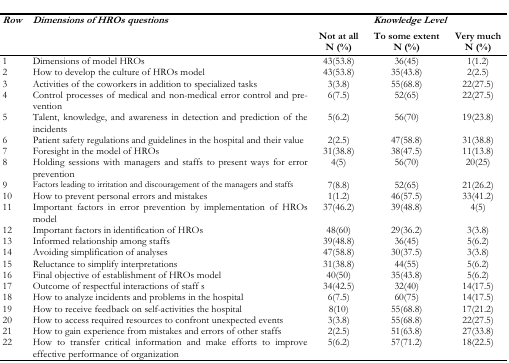
<table><thead><tr><td rowspan="2"><b><i>Row</i></b></td><td rowspan="2"><b><i>Dimensions of HROs questions</i></b></td><td colspan="3"><b><i>Knowledge Level</i></b></td></tr><tr><td><b>Not at all N (%)</b></td><td><b>To some extent N (%)</b></td><td><b>Very much N (%)</b></td></tr></thead><tbody><tr><td>1</td><td>Dimensions of model HROs</td><td>43(53.8)</td><td>36(45)</td><td>1(1.2)</td></tr><tr><td>2</td><td>How to develop the culture of HROs model</td><td>43(53.8)</td><td>35(43.8)</td><td>2(2.5)</td></tr><tr><td>3</td><td>Activities of the coworkers in addition to specialized tasks</td><td>3(3.8)</td><td>55(68.8)</td><td>22(27.5)</td></tr><tr><td>4</td><td>Control processes of medical and non-medical error control and prevention</td><td>6(7.5)</td><td>52(65)</td><td>22(27.5)</td></tr><tr><td>5</td><td>Talent, knowledge, and awareness in detection and prediction of the incidents</td><td>5(6.2)</td><td>56(70)</td><td>19(23.8)</td></tr><tr><td>6</td><td>Patient safety regulations and guidelines in the hospital and their value</td><td>2(2.5)</td><td>47(58.8)</td><td>31(38.8)</td></tr><tr><td>7</td><td>Foresight in the model of HROs</td><td>31(38.8)</td><td>38(47.5)</td><td>11(13.8)</td></tr><tr><td>8</td><td>Holding sessions with managers and staffs to present ways for error prevention</td><td>4(5)</td><td>56(70)</td><td>20(25)</td></tr><tr><td>9</td><td>Factors leading to irritation and discouragement of the managers and staffs</td><td>7(8.8)</td><td>52(65)</td><td>21(26.2)</td></tr><tr><td>10</td><td>How to prevent personal errors and mistakes</td><td>1(1.2)</td><td>46(57.5)</td><td>33(41.2)</td></tr><tr><td>11</td><td>Important factors in error prevention by implementation of HROs model</td><td>37(46.2)</td><td>39(48.8)</td><td>4(5)</td></tr><tr><td>12</td><td>Important factors in identification of HROs</td><td>48(60)</td><td>29(36.2)</td><td>3(3.8)</td></tr><tr><td>13</td><td>Informed relationship among staffs</td><td>39(48.8)</td><td>36(45)</td><td>5(6.2)</td></tr><tr><td>14</td><td>Avoiding simplification of analyses</td><td>47(58.8)</td><td>30(37.5)</td><td>3(3.8)</td></tr><tr><td>15</td><td>Reluctance to simplify interpretations</td><td>31(38.8)</td><td>44(55)</td><td>5(6.2)</td></tr><tr><td>16</td><td>Final objective of establishment of HROs model</td><td>40(50)</td><td>35(43.8)</td><td>5(6.2)</td></tr><tr><td>17</td><td>Outcome of respectful interactions of staff s</td><td>34(42.5)</td><td>32(40)</td><td>14(17.5)</td></tr><tr><td>18</td><td>How to analyze incidents and problems in the hospital</td><td>6(7.5)</td><td>60(75)</td><td>14(17.5)</td></tr><tr><td>19</td><td>How to receive feedback on self-activities the hospital</td><td>8(10)</td><td>55(68.8)</td><td>17(21.2)</td></tr><tr><td>20</td><td>How to access required resources to confront unexpected events</td><td>3(3.8)</td><td>55(68.8)</td><td>22(27.5)</td></tr><tr><td>21</td><td>How to gain experience from mistakes and errors of other staffs</td><td>2(2.5)</td><td>51(63.8)</td><td>27(33.8)</td></tr><tr><td>22</td><td>How to transfer critical information and make efforts to improve effective performance of organization</td><td>5(6.2)</td><td>57(71.2)</td><td>18(22.5)</td></tr></tbody></table>